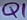
Text: Q1